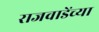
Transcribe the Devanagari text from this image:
राजवाडेंच्या